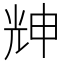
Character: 𠒗